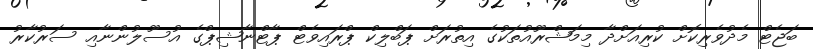
ބަޖެޓް މެދުވެރިކޮށް ކުރިއަށްދާ މިމަޝްރޫއުތަކުގެ އިތުރަށް ޕަބްލިކް ޕްރައިވެޓް ޕާޓްނާޝިޕްގެ އުސޫލުންނާއި ސަރުކާރު